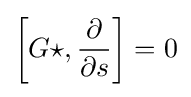
\left[G\star ,{\frac {\partial }{\partial s}}\right]=0